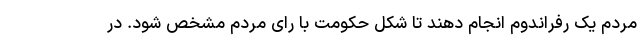
مردم یک رفراندوم انجام دهند تا شکل حکومت با رای مردم مشخص شود. در